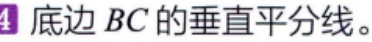
底边 \(BC\) 的垂直平分线。